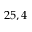
2 5 , 4